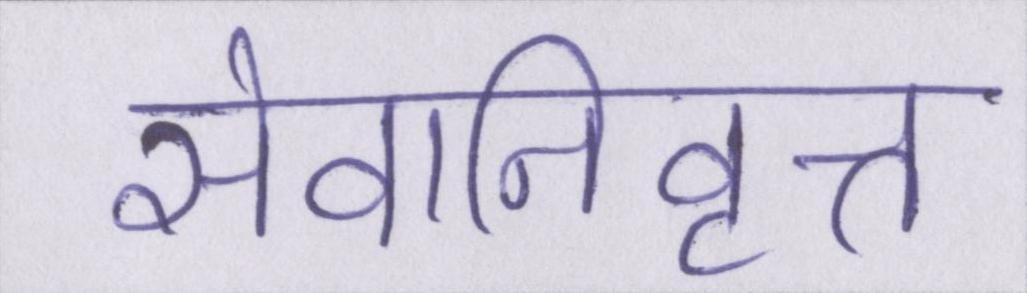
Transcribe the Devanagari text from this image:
सेवानिवृत्त